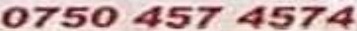
0750 457 4574